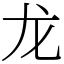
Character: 龙